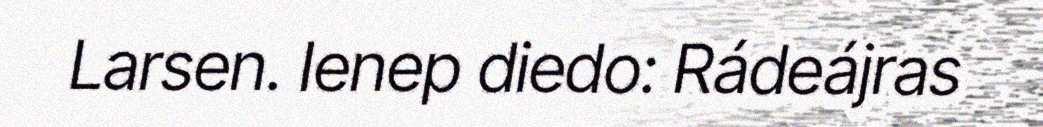
Larsen. Ienep diedo: Rádeájras